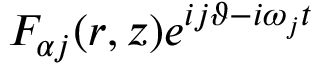
F _ { \alpha j } ( r , z ) e ^ { i j \vartheta - i \omega _ { j } t }